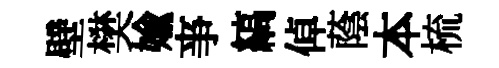
壁樊媮亊縞倬蔭本梳